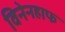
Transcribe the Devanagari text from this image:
विनेनहाफ